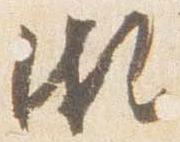
頗